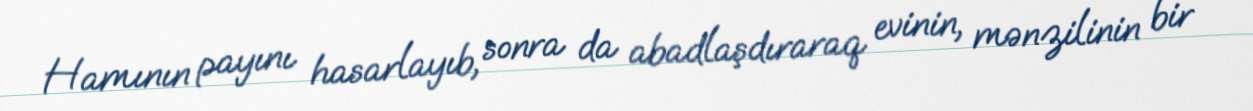
Hamının payını hasarlayıb, sonra da abadlaşdıraraq evinin, mənzilinin bir